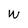
Character: W